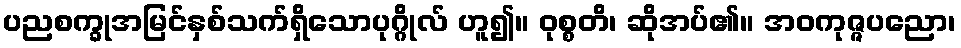
ပညစက္ခုအမြင်နှစ်သက်ရှိသောပုဂ္ဂိုလ် ဟူ၍။ ဝုစ္စတိ၊ ဆိုအပ်၏။ အဝကုဇ္ဇပညော၊